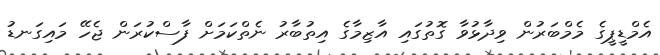
އެމްޑީޕީގެ މެމްބަރުން ވިދާޅުވާ ގޮތުގައި އާޒިމާގެ އިތުބާރު ނެތްކަމަށް ފާސްކުރަން ޖެހޭ މައިގަނޑު